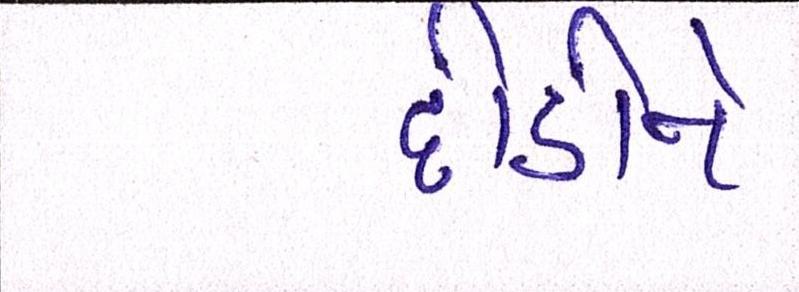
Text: દોડીને